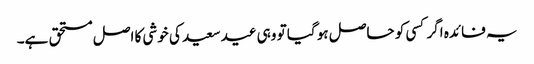
یہ فائدہ اگر کسی کو حاصل ہو گیا تو وہی عید سعید کی خوشی کا اصل مستحق ہے۔